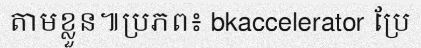
តាមខ្លួន៕ប្រភព៖ bkaccelerator ប្រែ